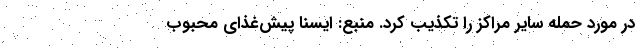
در مورد حمله سایر مراکز را تکذیب کرد. منبع: ایسنا پیش‌غذای محبوب